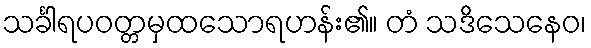
သင်္ခါရပဝတ္တမှထသောရဟန်း၏။ တံ သဒိသေနေဝ၊